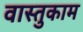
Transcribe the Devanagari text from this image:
वास्तुकाम